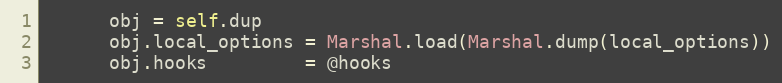
Language: Ruby
      obj = self.dup
      obj.local_options = Marshal.load(Marshal.dump(local_options))
      obj.hooks         = @hooks